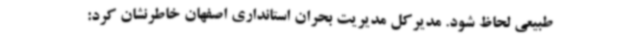
طبیعی لحاظ شود. مدیرکل مدیریت بحران استانداری اصفهان خاطرنشان کرد: